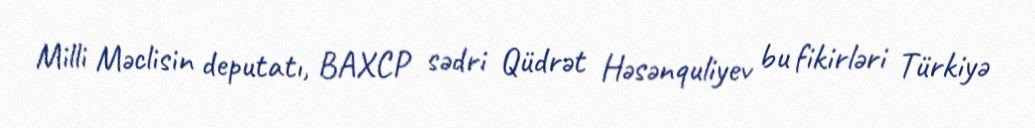
Milli Məclisin deputatı, BAXCP sədri Qüdrət Həsənquliyev bu fikirləri Türkiyə